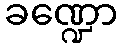
ခဏ္ဍော